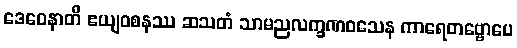
ဒေဝေနာတိ ဧယျဝစနဿ ဆသတံ သာမညလက္ခဏဝသေန ကာရေတဗ္ဗောပေ